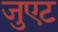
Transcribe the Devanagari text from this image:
जुएट